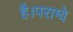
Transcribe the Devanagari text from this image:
है।पराग्वे